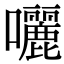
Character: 囇